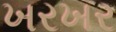
ખરખર